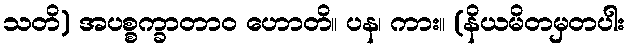
သတိ) အပစ္စက္ခာတာဝ ဟောတိ။ ပန၊ ကား။ (နိယမိတမှတပါး